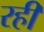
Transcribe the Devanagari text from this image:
रही